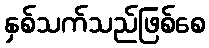
နှစ်သက်သည်ဖြစ်စေ